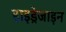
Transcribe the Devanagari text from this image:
हाइड्रेजाइन